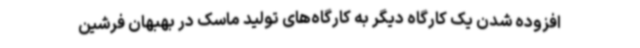
افزوده شدن یک کارگاه‌ دیگر به کارگاه‌های تولید ماسک در بهبهان فرشین